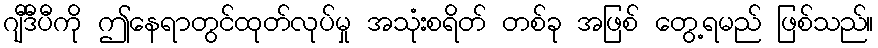
ဂျီဒီပီကို ဤနေရာတွင်ထုတ်လုပ်မှု အသုံးစရိတ် တစ်ခု အဖြစ် တွေ့ရမည် ဖြစ်သည်။